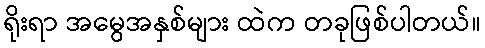
ရိုးရာ အမွေအနှစ်များ ထဲက တခုဖြစ်ပါတယ်။